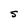
Character: s